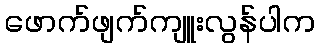
ဖောက်ဖျက်ကျူးလွန်ပါက